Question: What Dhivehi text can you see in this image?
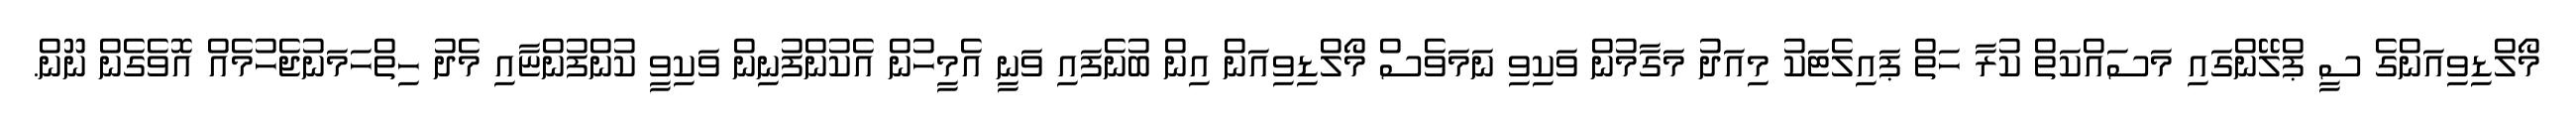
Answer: މޯލްޑިވިއަންގެ ސީ ޕްލޭންގައި މަސައްކަތް ކުރާ ހަތް ޕައިލެޓަކު މިއަދު މަގާމުން ވަކިވި ނަމަވެސް މޯލްޑިވިއަން އިން ބުނެފައި ވަނީ އެމީހުން އެކުންފުނިން ވަކިވީ ކުންފުންޏާއި މެދު ހިތްހަމަނުޖެހުމެއް އޮވެގެން ނޫން.